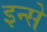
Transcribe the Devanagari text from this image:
इन्से